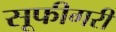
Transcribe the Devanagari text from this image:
सूफीगरी